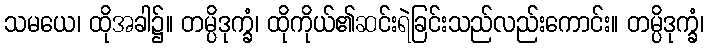
သမယေ၊ ထိုအခါ၌။ တမ္ပိဒုက္ခံ၊ ထိုကိုယ်၏ဆင်းရဲခြင်းသည်လည်းကောင်း။ တမ္ပိဒုက္ခံ၊